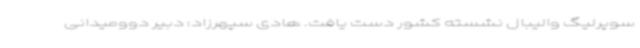
سوپرلیگ والیبال نشسته کشور دست یافت. هادی سپهرزاد: دبیر دوومیدانی